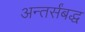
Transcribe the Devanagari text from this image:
अन्तर्संबद्ध